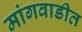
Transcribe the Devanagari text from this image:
मांगवाडीत